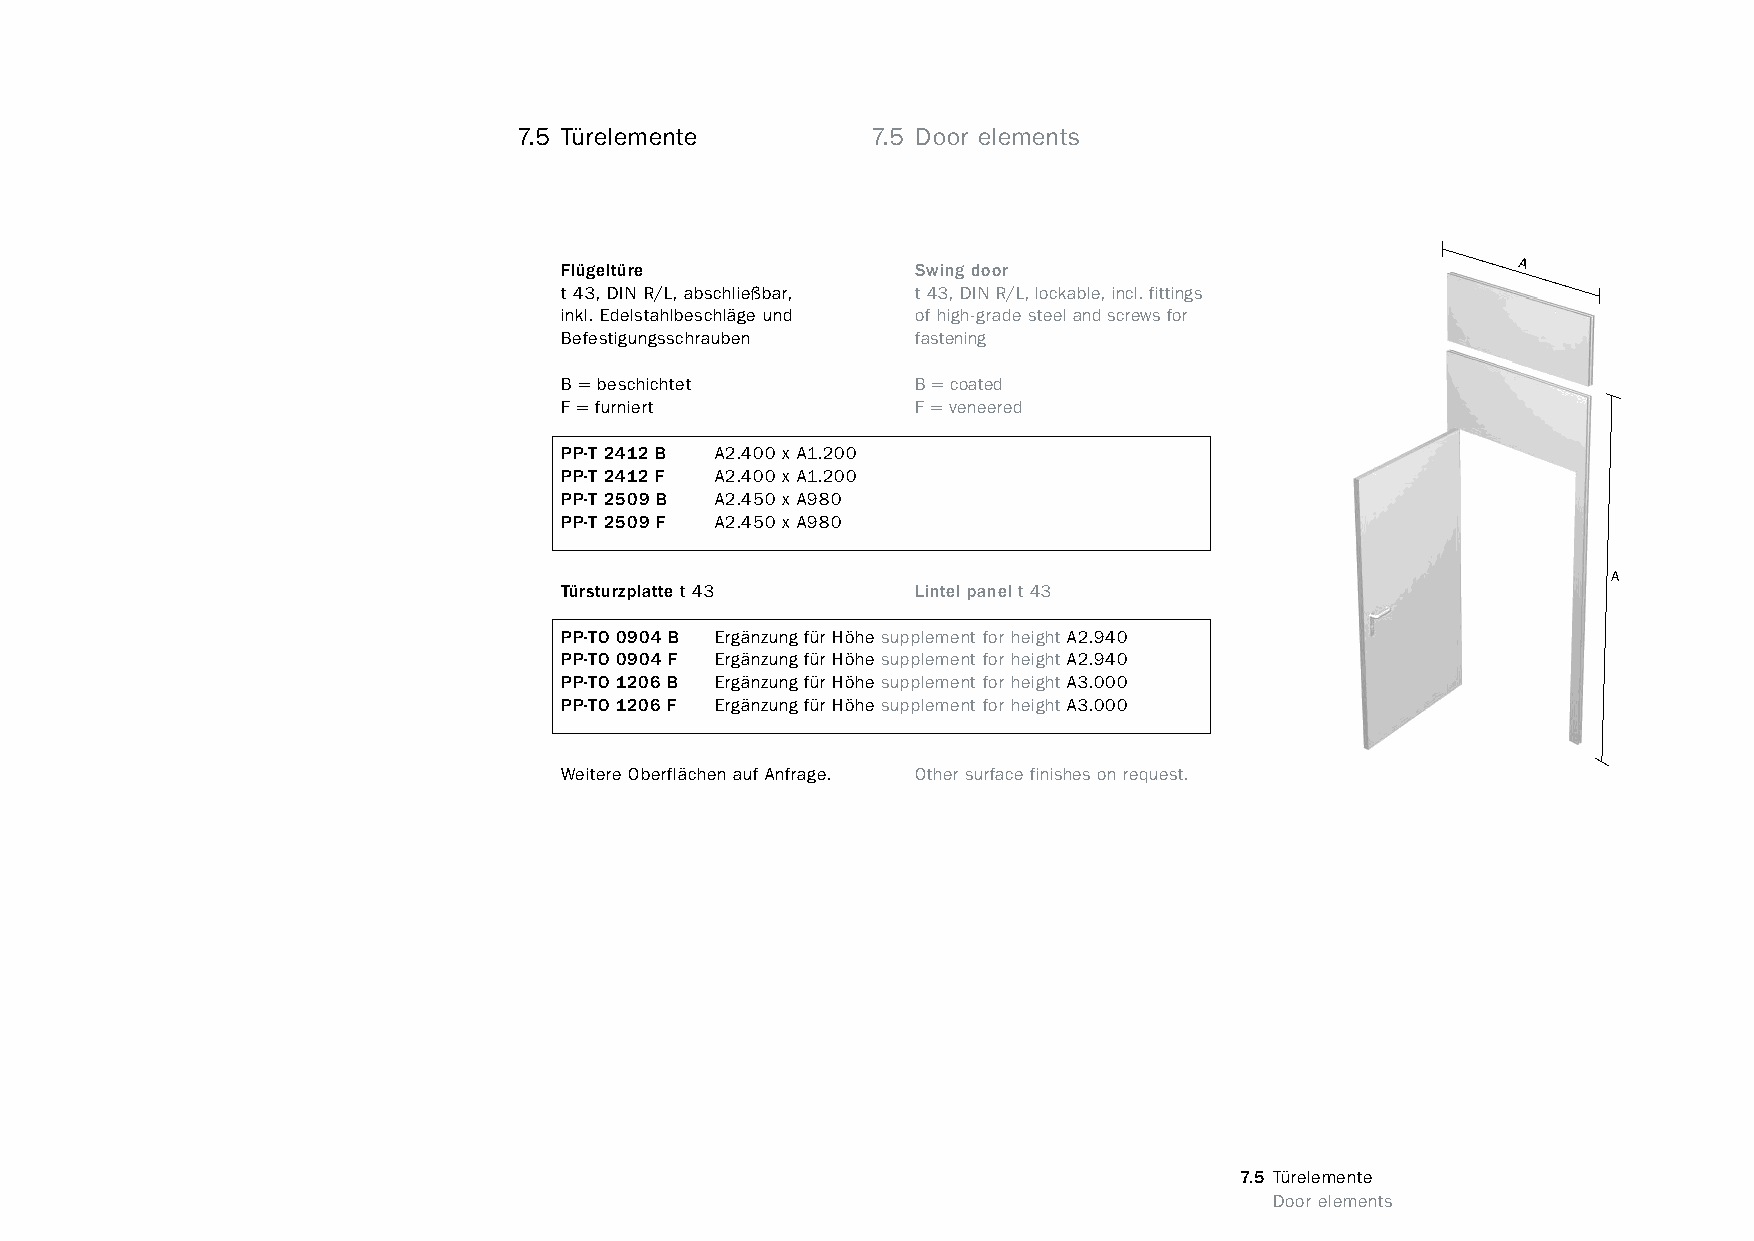
constructivpila petite        7.5 Türelemente         7.5 Door elements
 Flügeltüre              Swing door                             A
 t 43, DIN R/L, abschließbar, t 43, DIN R/L, lockable, incl. fittings
 inkl. Edelstahlbeschläge und of high-grade steel and screws for
 Befestigungsschrauben   fastening
 B = beschichtet         B = coated
 F = furniert            F = veneered
 PP-T 2412 B A2.400 x A1.200
 PP-T 2412 F A2.400 x A1.200
 PP-T 2509 B A2.450 x A980
 PP-T 2509 F A2.450 x A980
 A
 Türsturzplatte t 43     Lintel panel t 43
 PP-TO 0904 B Ergänzung für Höhe supplement for height A2.940
 PP-TO 0904 F Ergänzung für Höhe supplement for height A2.940
 PP-TO 1206 B Ergänzung für Höhe supplement for height A3.000
 PP-TO 1206 F Ergänzung für Höhe supplement for height A3.000
 Weitere Oberflächen auf Anfrage. Other surface finishes on request.
 7.5 Türelemente
 www.burkhardtleitner.de                                                         Door elements